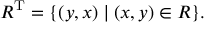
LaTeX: R ^ { \mathrm { T } } = \{ ( y , x ) \mid ( x , y ) \in R \} .